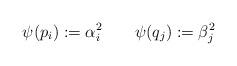
LaTeX: \begin{align*}\psi(p_i):= \alpha_i^2\qquad\psi(q_j):= \beta_j^2\end{align*}